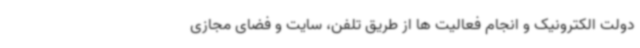
دولت الکترونیک و انجام فعالیت ها از طریق تلفن، سایت و فضای مجازی